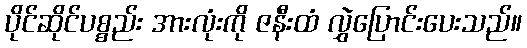
ပိုင်ဆိုင်ပစ္စည်း အားလုံးကို ဇနီးထံ လွှဲပြောင်းပေးသည်။